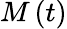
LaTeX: M\left(t\right)